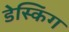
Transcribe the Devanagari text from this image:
डेस्किंग